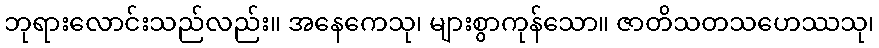
ဘုရားလောင်းသည်လည်း။ အနေကေသု၊ များစွာကုန်သော။ ဇာတိသတသဟေဿသု၊